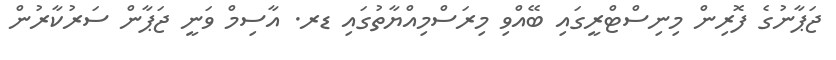
ޖަޕާނުގެ ފޮރިން މިނިސްޓްރީގައި ބޭއްވި މިރަސްމިއްޔާތުގައި ޑރ. އާސިމް ވަނީ ޖަޕާން ސަރުކާރުން